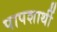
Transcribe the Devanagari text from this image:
पापशार्थी